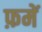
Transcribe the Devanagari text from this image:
फ़में